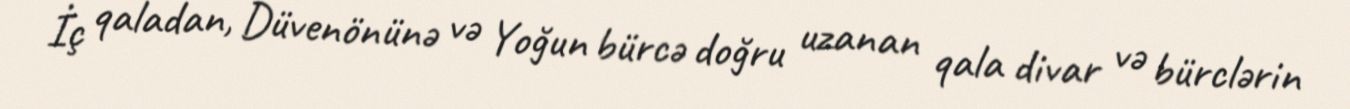
İç qaladan, Düvenönünə və Yoğun bürcə doğru uzanan qala divar və bürclərin